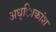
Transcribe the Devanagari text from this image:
अध्ािकांश